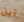
أين